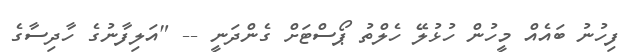
ފިހުނު ބައެއް މީހުން ހުޅުލޭ ހެލްތު ޕޯސްޓަށް ގެންދަނީ -- "އަލިފާނުގެ ހާދިސާގެ